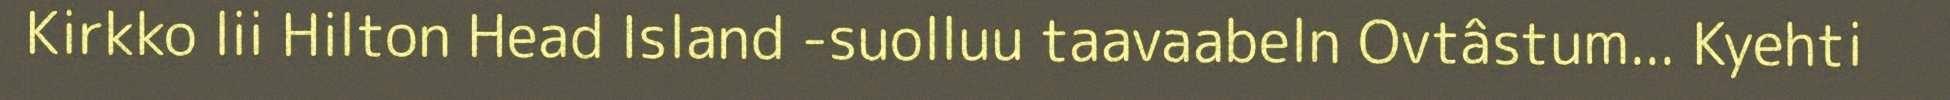
Kirkko lii Hilton Head Island -suolluu taavaabeln Ovtâstum... Kyehti